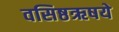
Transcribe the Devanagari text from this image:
वसिष्ठऋषये